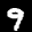
Label: 9